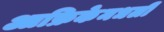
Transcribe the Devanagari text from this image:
आफ्रिकेमधली